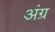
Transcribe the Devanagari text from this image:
अंग्र